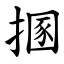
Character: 㨡